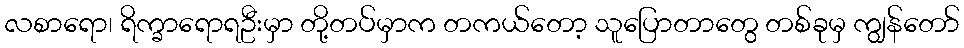
လစာရော၊ ရိက္ခာရောရဦးမှာ တို့တပ်မှာက တကယ်တော့ သူပြောတာတွေ တစ်ခုမှ ကျွန်တော်